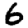
Digit: 6